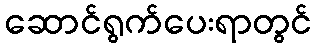
ဆောင်ရွက်ပေးရာတွင်